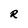
Character: R